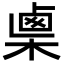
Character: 𣖴